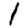
Digit: 1